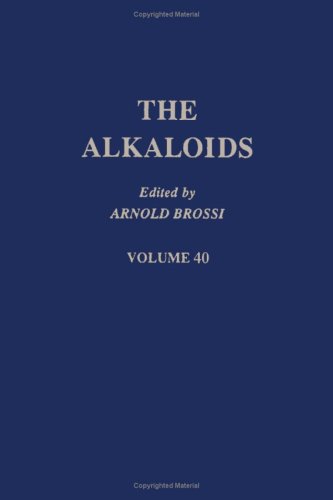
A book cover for The Alkaloids: Chemistry and Pharmacology, Vol. 40; Science & Math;